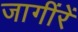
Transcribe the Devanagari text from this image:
जागींरें